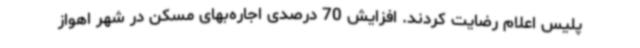
پلیس اعلام رضایت کردند. افزایش 70 درصدی اجاره‌بهای مسکن در شهر اهواز